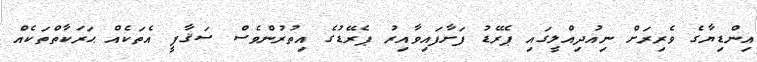
އިންޑިޔާގެ ވެރިރަށް ނިއުދިއްލީގައި ޕެރޭޑު ފަށާފައިވާއިރު ޕެރޭޑުގެ އިތުރުންވެސް ސަޤާފީ އެތަކެއް ޙަރަކާތްތަކެއް